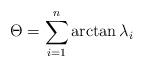
LaTeX: \begin{align*}\Theta=\sum_{i=1}^n \arctan\lambda_i\end{align*}